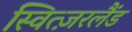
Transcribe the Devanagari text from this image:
स्वित्ज़रलैंड